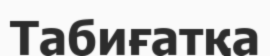
Табиғатқа